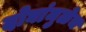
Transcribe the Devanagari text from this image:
दोघांमुळेच